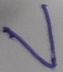
Text: V